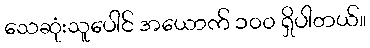
သေဆုံးသူပေါင် အယောက် ၁၀၀ ရှိပါတယ်။